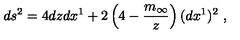
d s ^ { 2 } = 4 d z d x ^ { 1 } + 2 \left( 4 - \frac { m _ { \infty } } { z } \right) ( d x ^ { 1 } ) ^ { 2 } \ ,